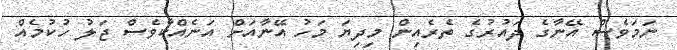
ނަމަވެސް އޭނާގެ ދައުރުގެ ތެރެއިން މިދިޔަ މަހު އޭނާއަށް އަނެއްކާވެސް ޖަލު ހުކުމެއް